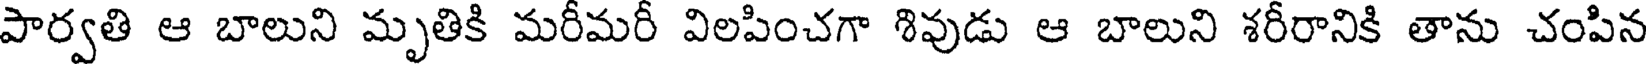
పార్వతి ఆ బాలుని మృతికి మరీమరీ విలపించగా శివుడు ఆ బాలుని శరీరానికి తాను చంపిన